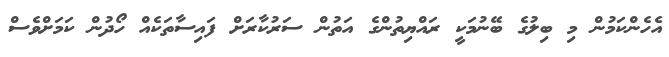
އެހެންކަމުން މި ބިލުގެ ބޭނުމަކީ ރައްޔިތުންގެ އަތުން ސަރުކާރަށް ފައިސާތަކެއް ހޯދުން ކަމަށްވެސް